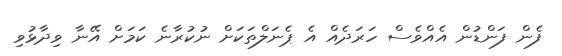
ފެން ފަންޑުން އެއްވެސް ހަރަދެއް އެ ޕެނަލްތަކަށް ނުކުރާނެ ކަމަށް އޭނާ ވިދާޅުވި